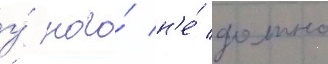
у́ кого́ н'е́ должно